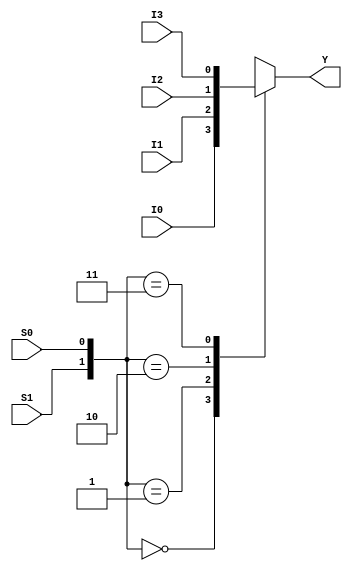
//Behavioural Modelling for 4:1 Mux

module mux_4_to_1_beh(Y, I0, I1, I2, I3, S1, S0);
output Y; input I0, I1, I2, I3; input S1, S0; reg Y;
always @ (I0, I1, I2, I3, S1, S0)
begin
case ({S1, S0})
2'b00 : begin Y = I0; end
2'b01 : begin Y = I1; end
2'b10 : begin Y = I2; end
2'b11 : begin Y = I3; end
endcase
end
endmodule